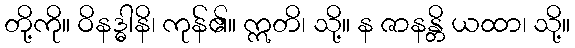
တို့ကို။ ဝိနဒ္ဓါနိ၊ ကုန်၏။ ဣတိ၊ သို့။ န ဇာနန္တိ ယထာ၊ သို့။